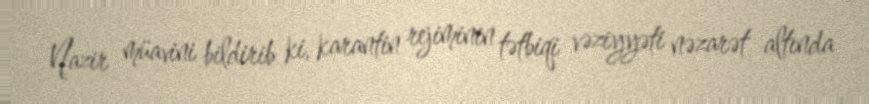
Nazir müavini bildirib ki, karantin rejiminin tətbiqi vəziyyəti nəzarət altında